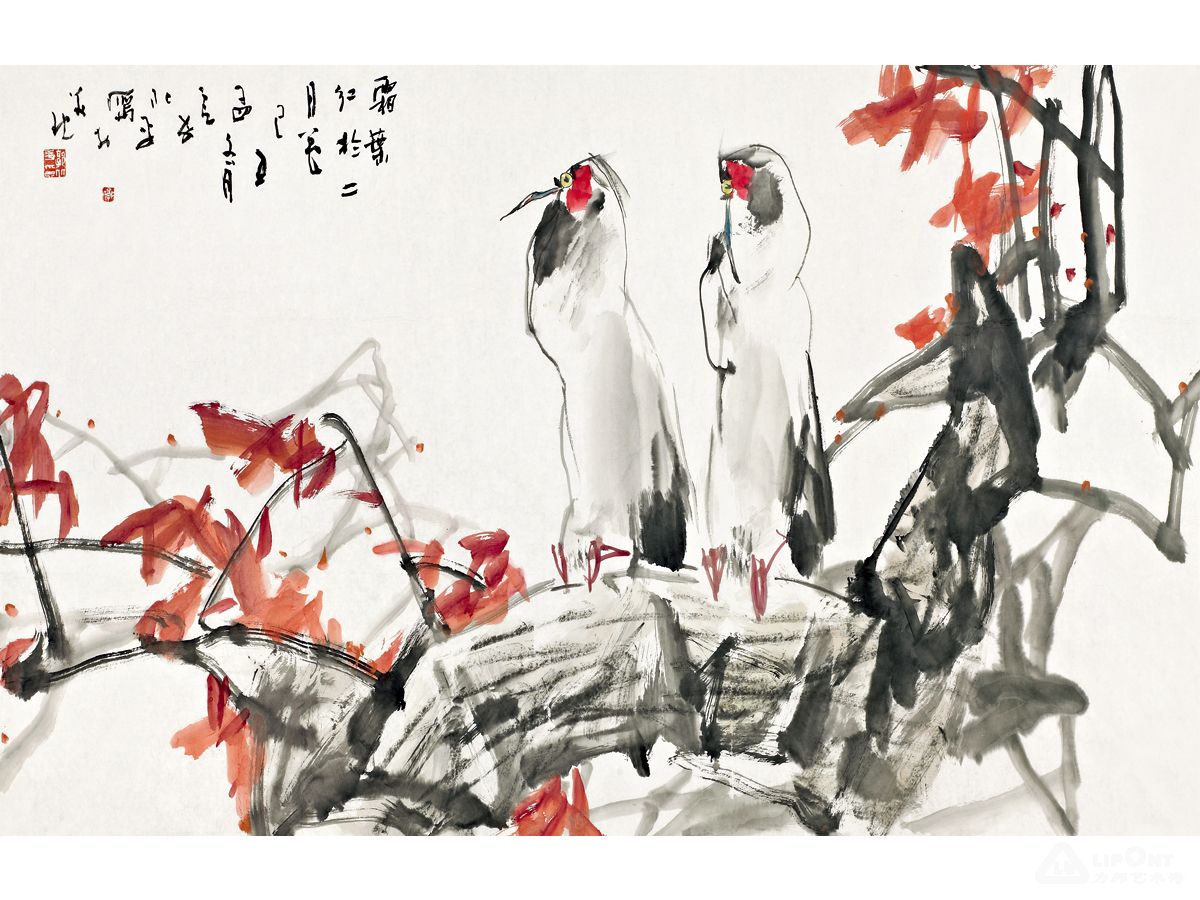
辞柯霜叶，飞来就我题红。